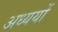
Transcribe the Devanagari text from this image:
अध्ययों